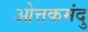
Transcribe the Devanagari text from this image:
ओत्तकमंदु